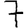
Digit: 7